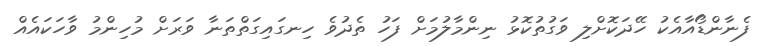
ފެނާންޑޯއާއެކު ހޭދަކޮށްލި ވަގުތުކޮޅު ނިންމާލުމަށް ފަހު ތެދުވެ ހިނގައިގަތްތަނާ ވަރަށް މުހިންމު ވާހަކައެއް